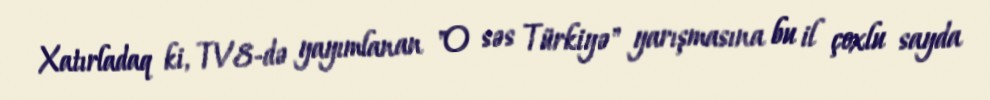
Xatırladaq ki, TV8-də yayımlanan "O səs Türkiyə" yarışmasına bu il çoxlu sayda